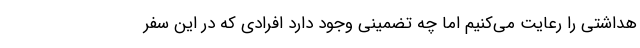
هداشتی را رعایت می‌کنیم اما چه تضمینی وجود دارد افرادی که در این سفر